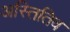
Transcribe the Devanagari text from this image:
अस्तितिव